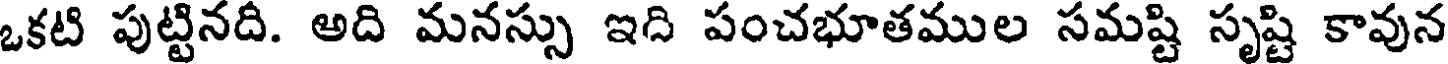
ఒకటి పుట్టినది. అది మనస్సు ఇది పంచభూతముల సమష్టి సృష్టి కావున